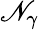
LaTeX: \mathscr{N}_{\gamma}